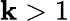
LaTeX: \mathbf{k}>1